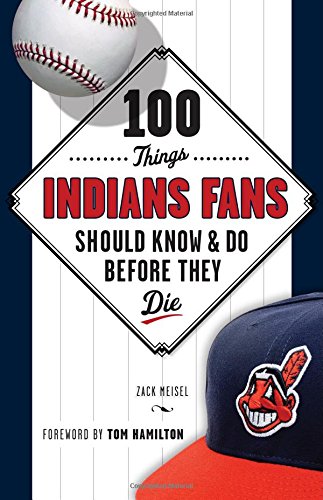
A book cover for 100 Things Indians Fans Should Know & Do Before They Die (100 Things...Fans Should Know); Zack Meisel; Travel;